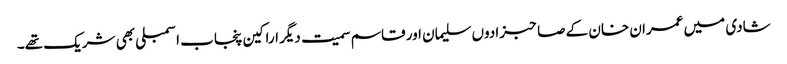
شادی میں عمران خان کے صاحبزادوں سلیمان اور قاسم سمیت دیگر اراکین پنجاب اسمبلی بھی شریک تھے۔